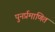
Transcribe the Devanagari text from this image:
पुनर्प्रमाणित